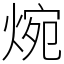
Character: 焥